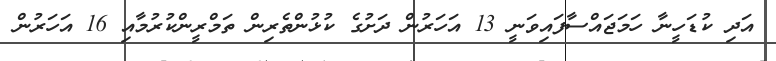
އަދި ކުޑަހީނާ ހަމަޖައްސާފައިވަނީ 13 އަހަރުން ދަށުގެ ކުޅުންތެރިން ތަމްރީންކުރުމާއި 16 އަހަރުން